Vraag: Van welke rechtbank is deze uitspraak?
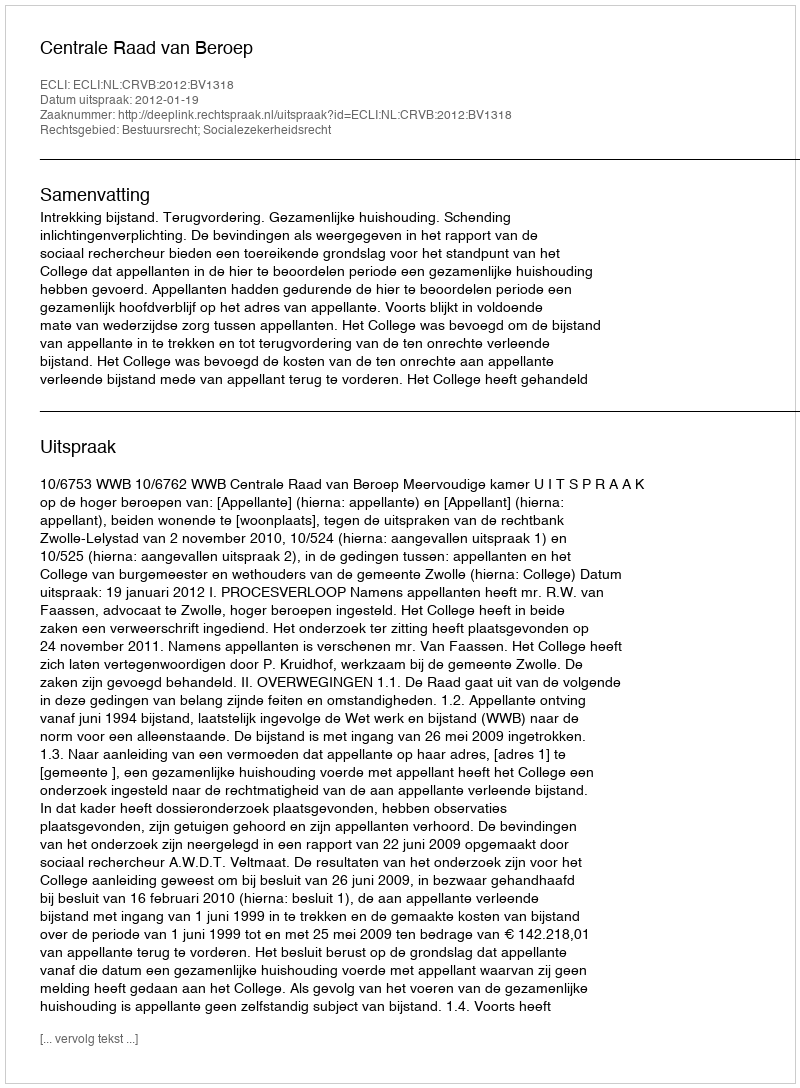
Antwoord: Centrale Raad van Beroep